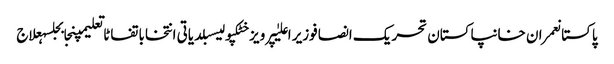
پاکستانعمران خانپاکستان تحریک انصافوزیر اعلیٰپرویز خٹکپولیسبلدیاتی انتخاباتفاٹاتعلیمپنجابجلسہعلاج